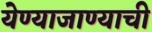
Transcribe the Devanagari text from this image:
येण्याजाण्याची